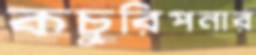
কচুরিপনার